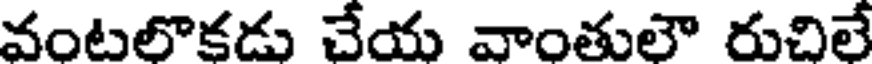
వంటలొకడు చేయ వాంతులౌ రుచిలే